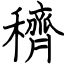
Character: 穧